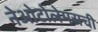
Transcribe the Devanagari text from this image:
नेओटोलेमसची